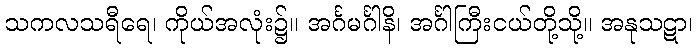
သကလသရီရေ၊ ကိုယ်အလုံး၌။ အင်္ဂမင်္ဂါနိ၊ အင်္ဂါကြီးငယ်တို့သို့။ အနုသဋာ၊